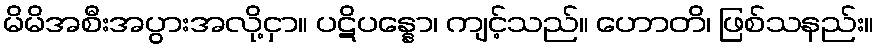
မိမိအစီးအပွားအလို့ငှာ။ ပဋိပန္နော၊ ကျင့်သည်။ ဟောတိ၊ ဖြစ်သနည်း။